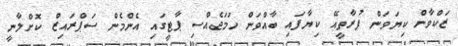
ޒަކްވާން ކިޔަވަން ފުރާތީއޭ ކިޔާފައި ބާއްވަން ހަމަޖެއްސި ޕާޓީގައި އެންމެން ސަޕްރައިޒް ކޮށްލާނީ